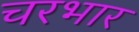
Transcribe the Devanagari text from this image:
चरभार